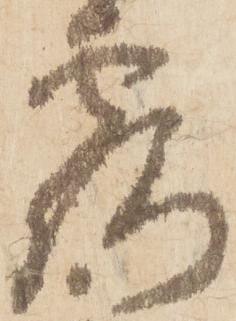
露